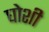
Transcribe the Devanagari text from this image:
घोशी